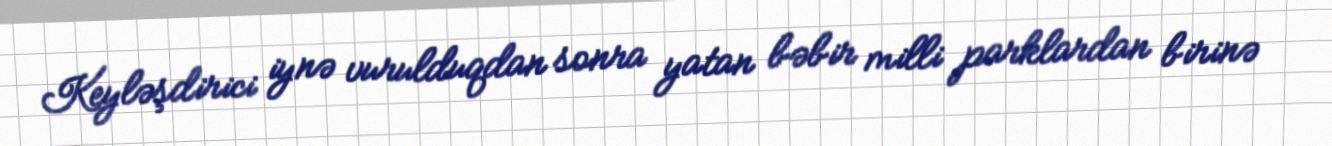
Keyləşdirici iynə vurulduqdan sonra yatan bəbir milli parklardan birinə